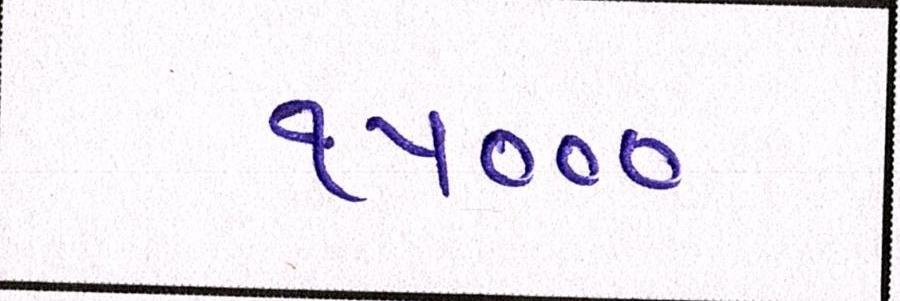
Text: ૧૫૦૦૦